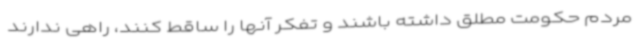
مردم حکومت مطلق داشته باشند و تفکر آنها را ساقط کنند، راهی ندارند